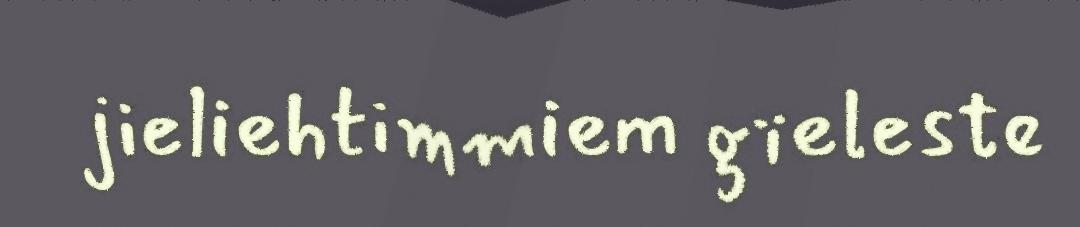
jieliehtimmiem gïeleste